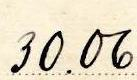
30.06